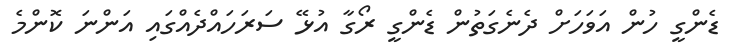
ޑެންގީ ހުން އަވަހަށް ދެނެގަތުން ޑެންގީ ރޯގާ އުޅޭ ސަރަހައްދެއްގައި އަންނަ ކޮންމެ